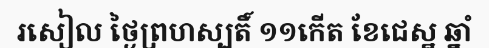
រសៀល ថ្ងៃព្រហស្បតិ៍ ១១កើត ខែជេស្ឋ ឆ្នាំ